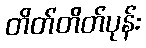
တိတ်တိတ်ပုန်း